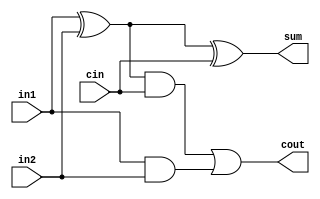
module full_adder(in1, in2, cin, sum, cout);
	input in1, in2, cin;
	
	//final outputs
	output cout, sum;
	
	//intermediate outputs of the gates
	wire wireX, wireY, wireZ;
	
	xor xor1(wireX, in1, in2);
	and and1(wireY, wireX, cin);
	and and2(wireZ, in1, in2);
	
	xor xor2(sum, wireX, cin);
	or or1(cout, wireY, wireZ);
	
endmodule